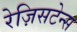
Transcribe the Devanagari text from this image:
रेज़िसटेन्स